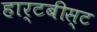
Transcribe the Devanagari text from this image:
हार्टबीस्ट